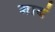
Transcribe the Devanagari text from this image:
गाबं